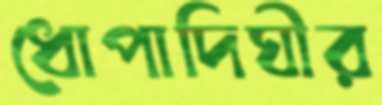
ধোপাদিঘীর